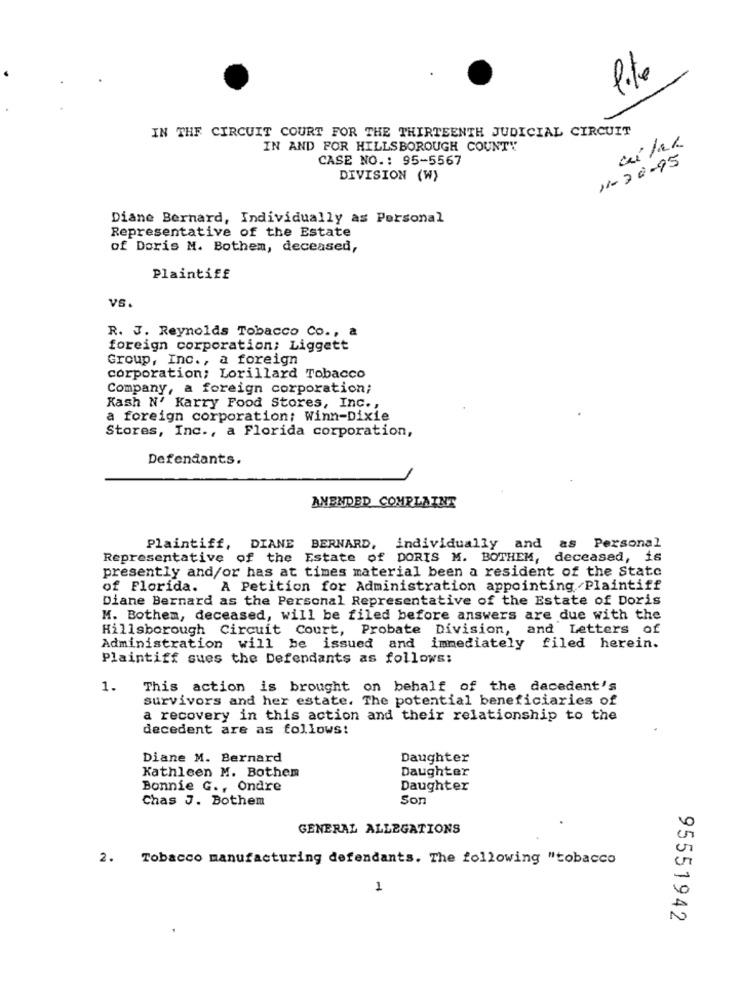
IN THE CIRCUIT COURT FOR THE THIRTEENTH JUDICIAL CIRCUIT
IN AND FOR HILLSBOROUGH COUNTY
CASE NO .: 95-5567
11-20-95
DIVISION (W)
Diane Bernard, Individually as Personal
Representative of the Estate
of Doris M. Bothem, deceased,
Plaintiff
VS.
R. J. Reynolds Tobacco Co ., a
foreign corporation; Liggett
Group, Inc ., a foreign
corporation; Lorillard Tobacco
Company, a foreign corporation;
Kash N' Karry Food Stores, Inc .,
a foreign corporation; Winn-Dixie
Stores, Inc ., a Florida corporation,
Defendants.
AMENDED COMPLAINT
Plaintiff, DIANE BERNARD, individually and as Personal
Representative of the Estate of DORIS M. BOTHEM, deceased, 16
presently and/or has at times material been a resident of the State
of Florida.
A Petition for Administration appointing Plaintiff
Diane Bernard as the Personal Representative of the Estate of Doris
M. Bothem, deceased, will be filed before answers are due with the
Hillsborough Circuit Court, Probate Division, and Letters of
Administration will be issued and
immediately filed herein.
Plaintiff sues the Defendants as follows:
1.
This action is brought on behalf of the decedent's
survivors and her estate. The potential beneficiaries of
a recovery in this action and their relationship to the
decedent are as follows:
Diane M. Bernard
Daughter
Kathleen M. Bothem
Daughter
Bonnie G ., Ondre
Daughter
Chas J. Bothem
Son
GENERAL ALLEGATIONS
2. Tobacco manufacturing defendants. The following "tobacco
1
95551942